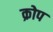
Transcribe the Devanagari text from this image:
क्रोप